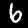
Label: 6